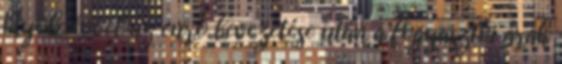
Nyolc évvel az euró bevezetése után a fogyasztói árak